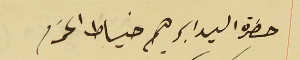
حضرة السيد ابرهيم خياط المحترم